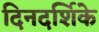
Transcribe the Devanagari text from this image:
दिनदर्शिके